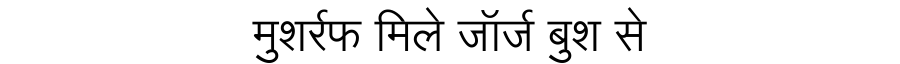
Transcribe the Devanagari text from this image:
मुशर्रफ मिले जॉर्ज बुश से